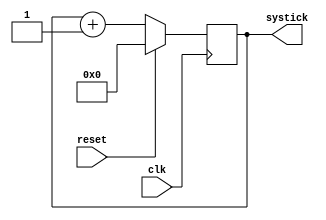
`timescale 1ns / 1ps


module SysTick(
    input reset,
    input clk,
    output reg[31:0] systick
    );

always @(posedge clk)begin
    if(reset)
        systick<=0;
    else begin
        systick<=systick+1;
    end
end
endmodule